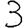
Digit: 3